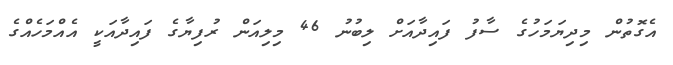
އެގޮތުން މިދިޔަމަހުގެ ސާފު ފައިދާއަށް ލިބުނު 46 މިލިއަން ރުފިޔާގެ ފައިދާއަކީ އެއްމަހެއްގެ